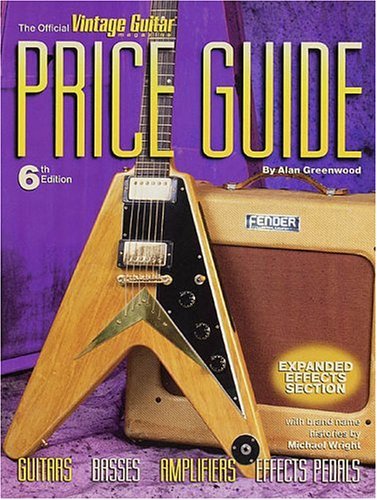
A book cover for The Official Vintage Guitar Magazine Price Guide - 6th edition; Alan Greenwood; Crafts, Hobbies & Home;